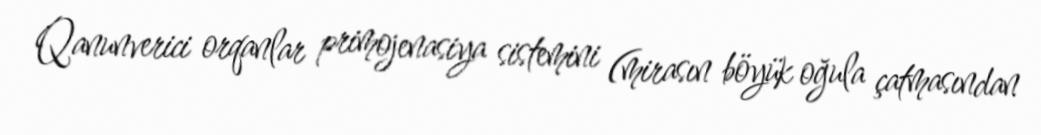
Qanunverici orqanlar primojenasiya sistemini (mirasın böyük oğula çatmasından